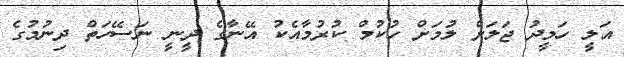
އަލީ ހަމީދު ޖަލަށް ލުމަށް ހުކުމް ކުރުމާއެކު އޭނާގެ ދީނީ ނަސޭހަތް ދިނުމުގެ